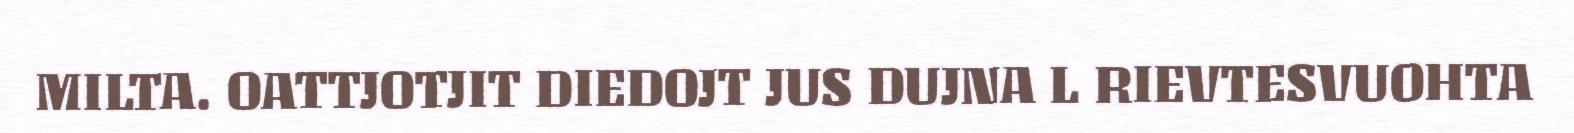
MILTA. OATTJOTJIT DIEDOJT JUS DUJNA L RIEVTESVUOHTA